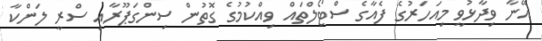
އޭނާ ވިދާޅުވީ މިއަހަރުގެ ފެއާގެ ސްޓޯލްތައް ވިއްކުމުގެ ގޮތުން ސިންގަޕޫރާއި ސްރީ ލަންކާ